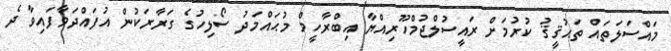
މައްސަލަތައް ތަޙުޤީޤު ކުރުމަށް ރައީސުލްޖުމްހޫރިއްޔާ އިބްރާހީމް މުޙައްމަދު ސޯލިހުގެ ގަރާރަކުން އުފައްދަވާފައިވާ ދެ